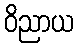
ဝိညာယ